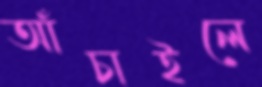
আঁচাইলে